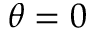
\theta = 0